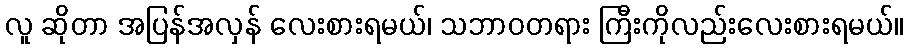
လူ ဆိုတာ အပြန်အလှန် လေးစားရမယ်၊ သဘာဝတရား ကြီးကိုလည်းလေးစားရမယ်။